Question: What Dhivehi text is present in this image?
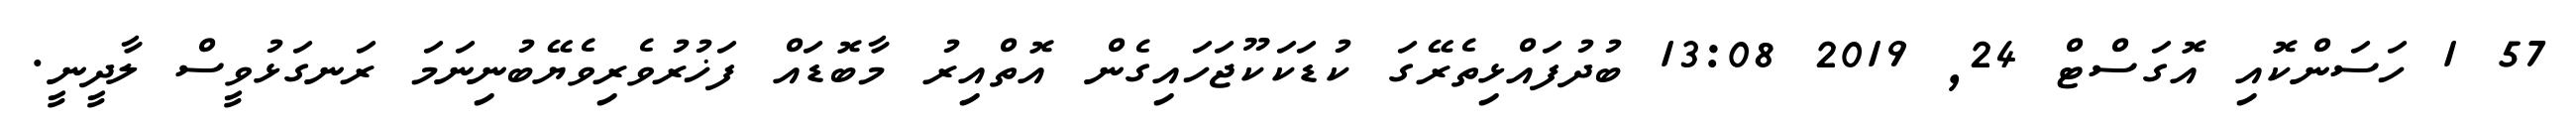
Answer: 57 1 ހަސަންކޮއި އޮގަސްޓް 24, 2019 13:08 ބުދުފައްޅިތެރޭގަ ކުޑަކަކޫޖަހައިގެން އޮތްއިރު މާބޮޑައް ފަޚުރުވެރިވެޔޭބުނިނަމަ ރަނގަޅުވީސް ލާދީނީ.